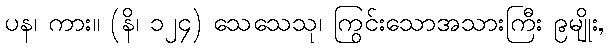
ပန၊ ကား။ (နိ၊ ၁၂၄) သေသေသု၊ ကြွင်းသောအသားကြီး ၉မျိုး,